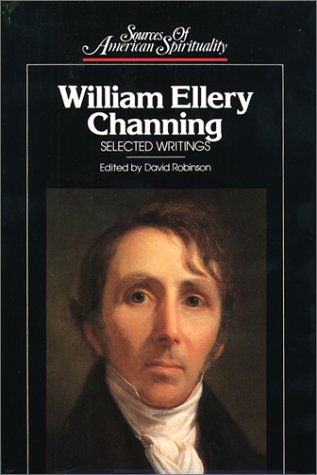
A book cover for William Ellery Channing: Selected Writings (Sources of American Spirituality); Religion & Spirituality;